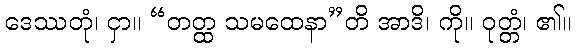
ဒေဿတုံ၊ ငှာ။ “တတ္ထ သမထေနာ”တိ အာဒိ၊ ကို။ ဝုတ္တံ၊ ၏။